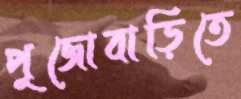
পুজোবাড়িতে